Civil Veterinary Department Bengal reports 1933-51 - 1933-1951
Year: 1933
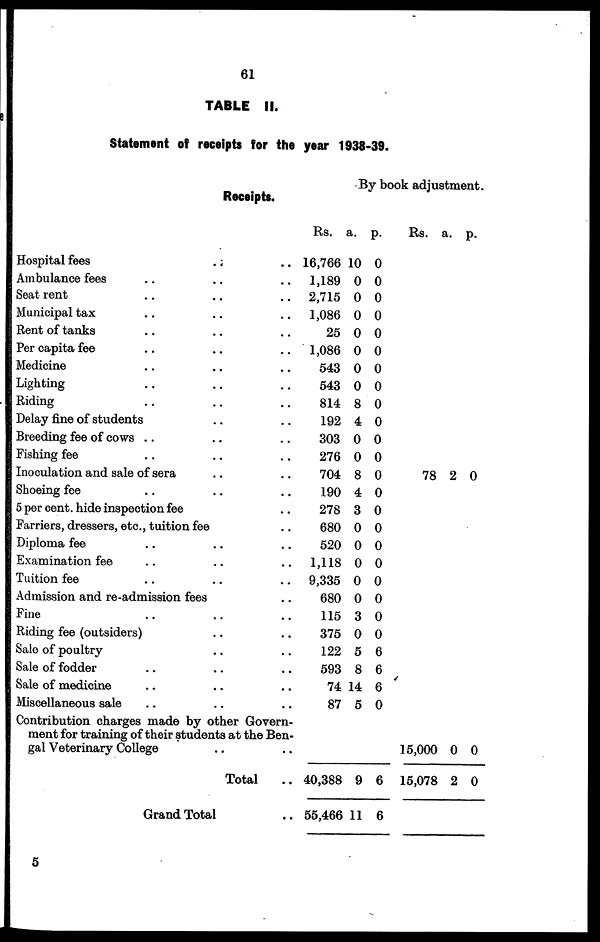
61
TABLE II.
Statement of receipts for the year 1938-39.
Receipts.
Hospital fees
..
..
Ambulance fees ......
Seat rent ......
Municipal tax ......
Rent of tanks ......
Per capita fee ......
Medicine ......
Lighting ......
Riding ......
Delay fine of students ......
Breeding fee of cows ......
Fishing fee ......
Inoculation and sale of sera ....
Shoeing fee ......
5 per cent. hide inspection fee ..
Farriers, dressers, etc., tuition fee ..
Diploma fee ......
Examination fee ......
Tuition fee ......
Admission and re-admission fees ..
Fine ......
Riding fee (outsiders) ....
Sale of poultry ......
Sale of fodder ......
Sale of medicine ......
Miscellaneous sale ......
Contribution charges made by other Govern-
ment for training of their students at the Ben-
gal Veterinary College ....
Total ..
Grand Total
By book adjustment.
Rs.
16,766
1,189
2,715
1,086
25
1,086
543
543
814
192
303
276
704
190
278
680
520
1,118
9,335
680
115
375
122
593
74
87
40,388
55,466
a.
10
0
0
0
0
0
0
0
8
4
0
0
8
4
3
0
0
0
0
0
3
0
5
8
14
5
9
11
p.
0
0
0
0
0
0
0
0
0
0
0
0
0
0
0
0
0
0
0
0
0
0
6
6
6
0
6
6
Rs.
78
15,000
15,078
a.
2
0
2
p.
0
0
0
5